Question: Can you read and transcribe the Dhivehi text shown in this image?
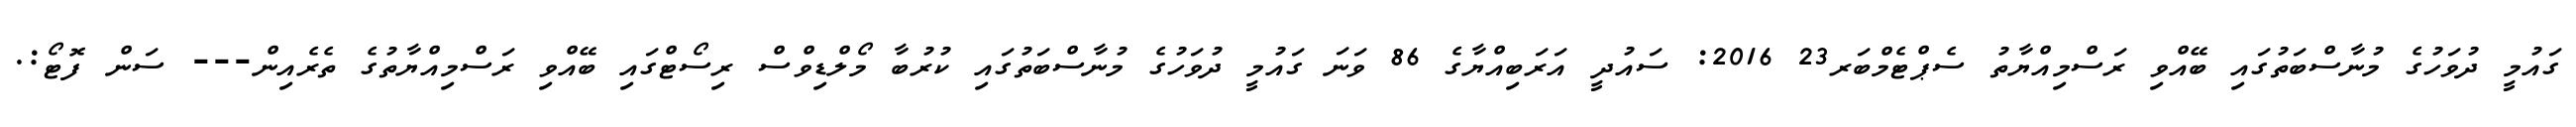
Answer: ގައުމީ ދުވަހުގެ މުނާސްބަތުގައި ބޭއްވި ރަސްމިއްޔާތު ސެޕްޓެމްބަރ23 2016: ސައުދީ އަރަބިއްޔާގެ 86 ވަނަ ގައުމީ ދުވަހުގެ މުނާސްބަތުގައި ކުރުބާ މޯލްޑިވްސް ރިސޯޓްގައި ބޭއްވި ރަސްމިއްޔާތުގެ ތެރެއިން--- ސަން ފޮޓޯ:.